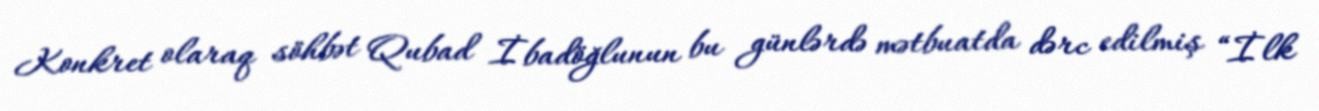
Konkret olaraq söhbət Qubad İbadöğlunun bu günlərdə mətbuatda dərc edilmiş “İlk